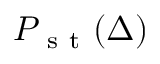
P _ { \mathrm { ~ s ~ t ~ } } ( \Delta )